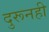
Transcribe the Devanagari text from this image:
दुरूनही